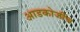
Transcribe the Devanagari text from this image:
आडकोजींच